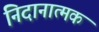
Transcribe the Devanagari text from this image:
निदानात्‍मक